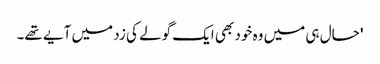
' حال ہی میں وہ خود بھی ایک گولے کی زد میں آیے تھے۔